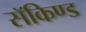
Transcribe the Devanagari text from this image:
सॅकिण्ड